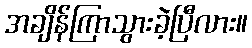
အချိန်ကြာသွားခဲ့ပြီလား။